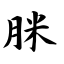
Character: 脒